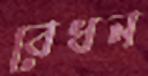
বেধন